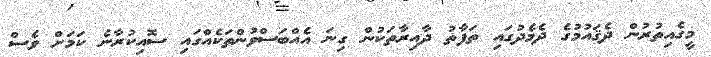
މީގެއިތުރުން ދެޤައުމުގެ ދެމެދުގައި ތަފާތު ދާއިރާތަކުން ގިނަ އެއްބަސްވުންތަކެއްގައި ސޮއިކުރާނެ ކަމަށް ވެސް